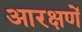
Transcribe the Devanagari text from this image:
आरक्षणें